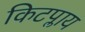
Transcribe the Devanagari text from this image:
किटप्लाय